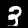
Digit: 3